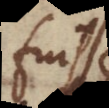
fuisse